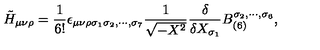
\tilde { H } _ { \mu \nu \rho } = \frac { 1 } { 6 ! } \epsilon _ { \mu \nu \rho \sigma _ { 1 } \sigma _ { 2 } , \cdots , \sigma _ { 7 } } \frac { 1 } { \sqrt { - X ^ { 2 } } } \frac { \delta } { \delta X _ { \sigma _ { 1 } } } B _ { ( 6 ) } ^ { \sigma _ { 2 } , \cdots , \sigma _ { 6 } } ,